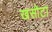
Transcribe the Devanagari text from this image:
खसोटा